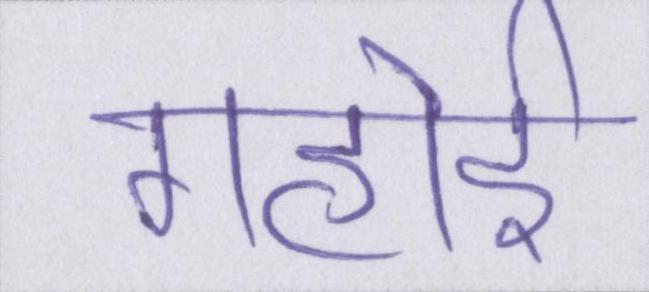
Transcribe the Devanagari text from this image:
गहोई